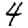
Digit: 4